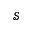
{ \mathcal S }